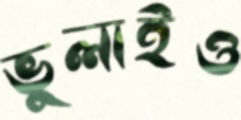
ভুলাইও